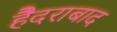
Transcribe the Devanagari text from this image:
हैैदराबाद